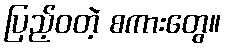
ပြည့်ဝတဲ့ စကားတွေ။